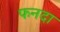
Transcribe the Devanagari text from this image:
फनदा